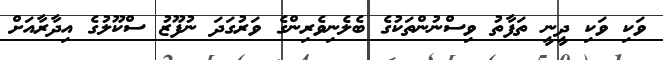
ވަކި ވަކި ދީނީ ތަފާތު ވިސްނުންތަކުގެ ބެލެނިވެރިންގެ ވަރުގަދަ ނުފޫޒު ސްކޫލުގެ އިދާރާއަށް